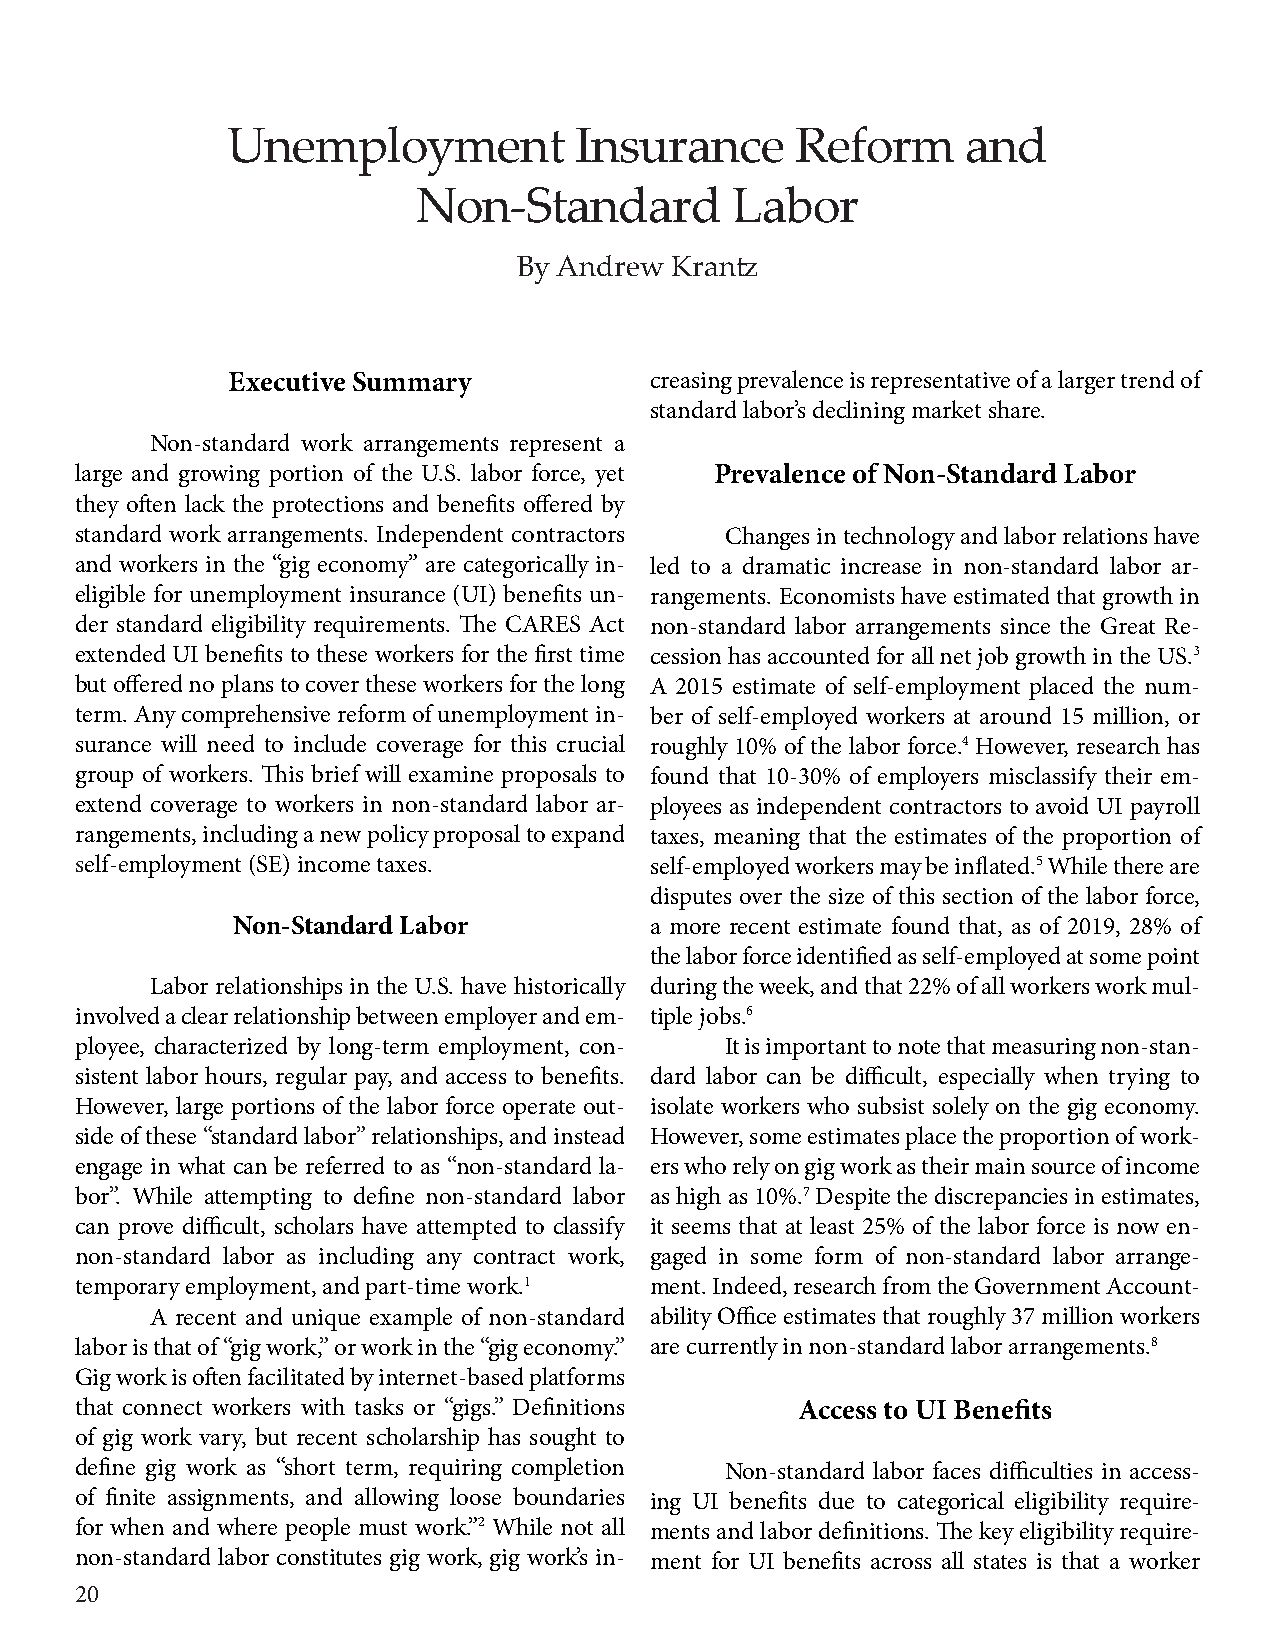
Unemployment           Insurance      Reform     and
 Non-Standard         Labor
 By Andrew Krantz
 Executive Summary           creasing prevalence is representative of a larger trend of
 standard labor’s declining market share.
 Non-standard work arrangements represent a
 large and growing portion of the U.S. labor force, yet Prevalence of Non-Standard Labor
 they often lack the protections and benefits offered by
 standard work arrangements. Independent contractors Changes in technology and labor relations have
 and workers in the “gig economy” are categorically in- led to a dramatic increase in non-standard labor ar-
 eligible for unemployment insurance (UI) benefits un- rangements. Economists have estimated that growth in
 der standard eligibility requirements. The CARES Act non-standard labor arrangements since the Great Re-
 extended UI benefits to these workers for the first time cession has accounted for all net job growth in the US.3
 but offered no plans to cover these workers for the long A 2015 estimate of self-employment placed the num-
 term. Any comprehensive reform of unemployment in- ber of self-employed workers at around 15 million, or
 surance will need to include coverage for this crucial roughly 10% of the labor force.4 However, research has
 group of workers. This brief will examine proposals to found that 10-30% of employers misclassify their em-
 extend coverage to workers in non-standard labor ar- ployees as independent contractors to avoid UI payroll
 rangements, including a new policy proposal to expand taxes, meaning that the estimates of the proportion of
 self-employment (SE) income taxes.    self-employed workers may be inflated.5 While there are
 disputes over the size of this section of the labor force,
 Non-Standard Labor          a more recent estimate found that, as of 2019, 28% of
 the labor force identified as self-employed at some point
 Labor relationships in the U.S. have historically during the week, and that 22% of all workers work mul-
 involved a clear relationship between employer and em- tiple jobs.6
 ployee, characterized by long-term employment, con- It is important to note that measuring non-stan-
 sistent labor hours, regular pay, and access to benefits. dard labor can be difficult, especially when trying to
 However, large portions of the labor force operate out- isolate workers who subsist solely on the gig economy.
 side of these “standard labor” relationships, and instead However, some estimates place the proportion of work-
 engage in what can be referred to as “non-standard la- ers who rely on gig work as their main source of income
 bor”. While attempting to define non-standard labor as high as 10%.7 Despite the discrepancies in estimates,
 can prove difficult, scholars have attempted to classify it seems that at least 25% of the labor force is now en-
 non-standard labor as including any contract work, gaged in some form of non-standard labor arrange-
 temporary employment, and part-time work.1 ment. Indeed, research from the Government Account-
 A recent and unique example of non-standard ability Office estimates that roughly 37 million workers
 labor is that of “gig work,” or work in the “gig economy.” are currently in non-standard labor arrangements.8
 Gig work is often facilitated by internet-based platforms
 that connect workers with tasks or “gigs.” Definitions Access to UI Benefits
 of gig work vary, but recent scholarship has sought to
 define gig work as “short term, requiring completion Non-standard labor faces difficulties in access-
 of finite assignments, and allowing loose boundaries ing UI benefits due to categorical eligibility require-
 for when and where people must work.”2 While not all ments and labor definitions. The key eligibility require-
 non-standard labor constitutes gig work, gig work’s in- ment for UI benefits across all states is that a worker
 20